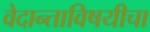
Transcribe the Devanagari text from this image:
वेदान्ताविषयीचा